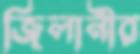
জিলানীর